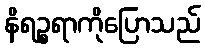
နိရဉ္စရာကိုပြောသည်